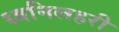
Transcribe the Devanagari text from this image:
ध्वनिलहरी